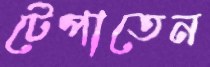
টেপাতেন